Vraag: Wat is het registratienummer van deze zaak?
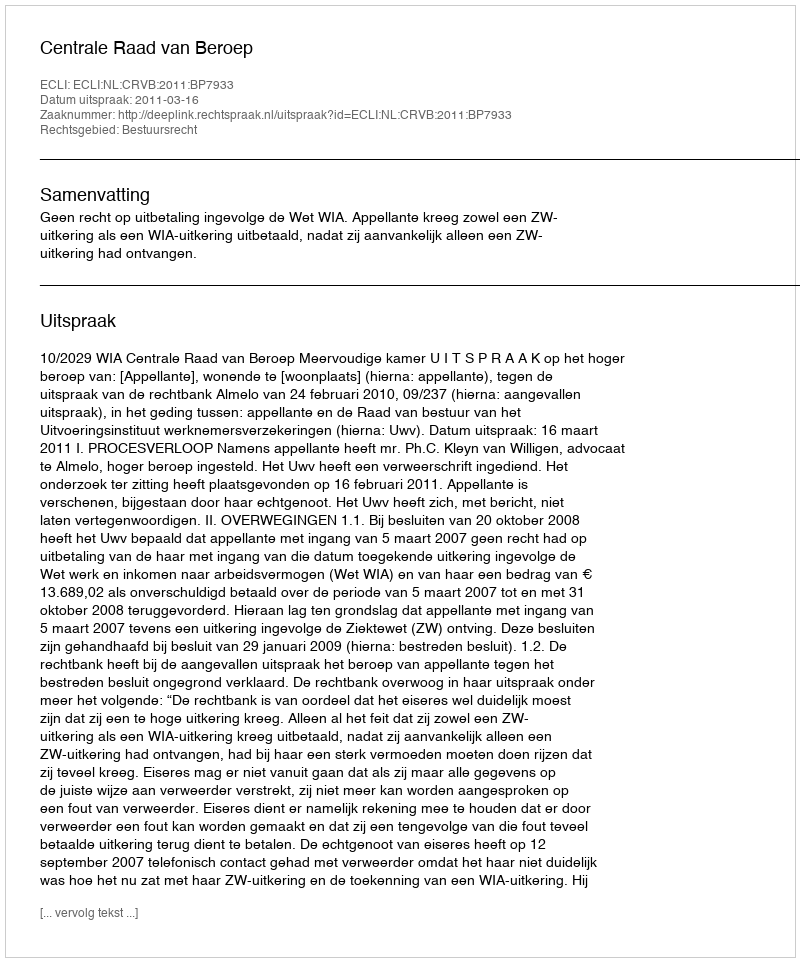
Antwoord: http://deeplink.rechtspraak.nl/uitspraak?id=ECLI:NL:CRVB:2011:BP7933